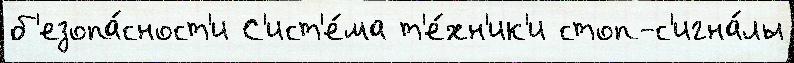
б'езопа́сност'и С'ист'е́ма т'е́хн'ик'и стоп-с'игна́лы